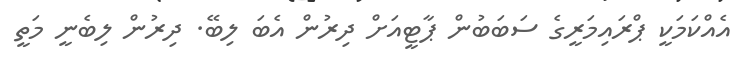
އެއްކަމަކީ ޕްރައިމަރީގެ ސަބަބުން ޕާޓީއަށް ދިރުން އެބަ ލިބޭ. ދިރުން ލިބެނީ މަތީ